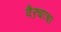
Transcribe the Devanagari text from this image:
वैऱ्याचा